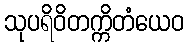
သုပရိဝိတက္ကိတံယေဝ